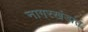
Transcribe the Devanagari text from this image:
नागरखंडांत